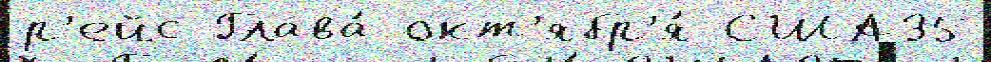
р'ейс Глава́ окт'ябр'я́ США35